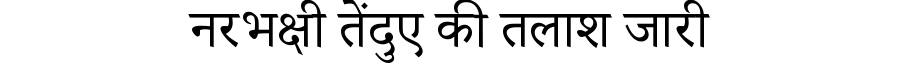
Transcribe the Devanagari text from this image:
नरभक्षी तेंदुए की तलाश जारी